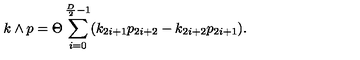
k \wedge p = \Theta \sum _ { i = 0 } ^ { \frac { D } { 2 } - 1 } ( k _ { 2 i + 1 } p _ { 2 i + 2 } - k _ { 2 i + 2 } p _ { 2 i + 1 } ) .